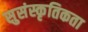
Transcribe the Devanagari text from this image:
सुसंस्कृतिकता